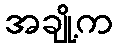
အချို့က